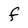
Character: F